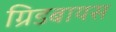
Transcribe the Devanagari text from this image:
ग्रिडबायस